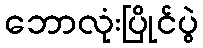
ဘောလုံးပြိုင်ပွဲ